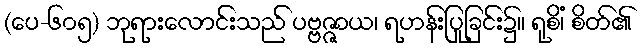
(ပေ-၆၀၅) ဘုရားလောင်းသည် ပဗ္ဗဇ္ဇာယ၊ ရဟန်းပြုခြင်း၌။ ရုစိံ၊ စိတ်၏